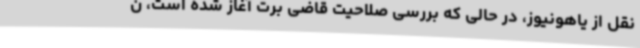
نقل از یاهونیوز، در حالی که بررسی صلاحیت قاضی برت آغاز شده است، ن